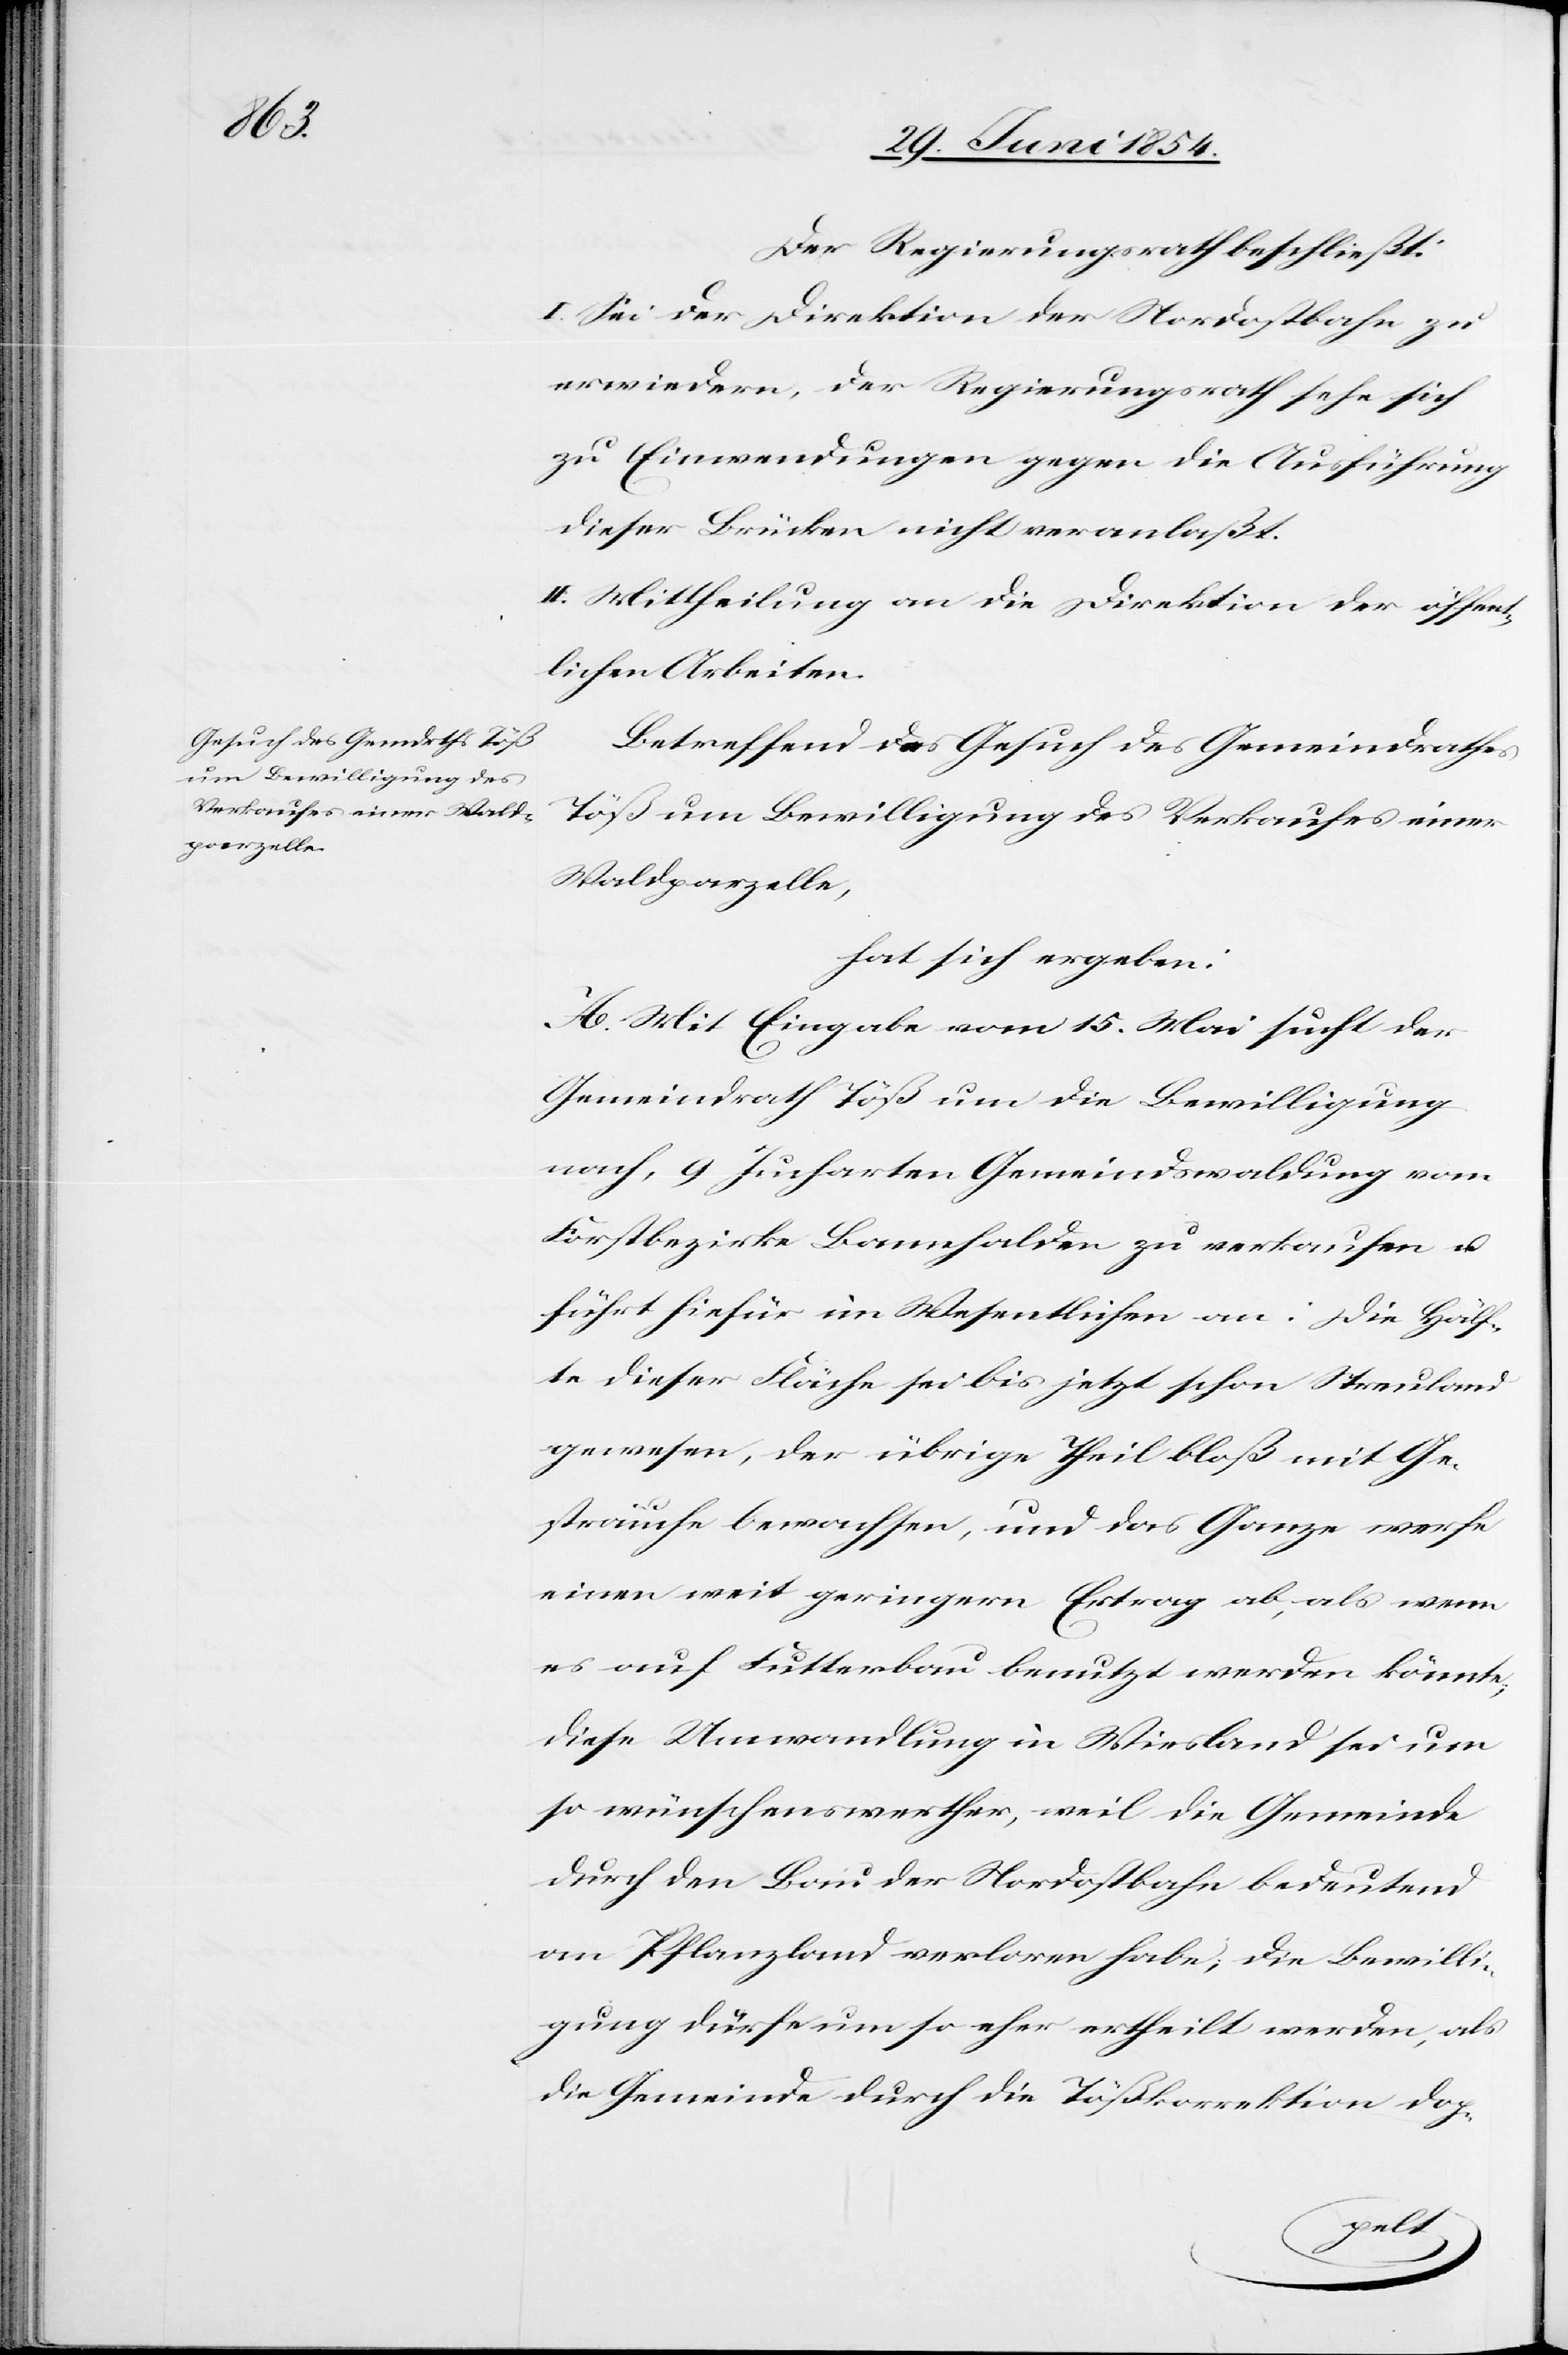
Der Regierungsrath beschließt:
I. Sei der Direktion der Nordostbahn zu
erwiedern, der Regierungsrath sehe sich
zu Einwendungen gegen die Ausführung
dieser Brücken nicht veranlaßt.
II. Mittheilung an die Direktion der öffent¬
lichen Arbeiten.
Betreffend das Gesuch des Gemeindrathes
Töß um Bewilligung des Verkaufes einer
Waldparzelle,
hat sich ergeben:
A. Mit Eingabe vom 15. Mai sucht der
Gemeindrath Töß um die Bewilligung
nach, 9 Jucharten Gemeindswaldung vom
Forstbezirk Bannhalden zu verkaufen u.
führt hiefür im Wesentlichen an: Die Hälf¬
te dieser Fläche sei bis jetzt schon Streuland
gewesen, der übrige Theil bloß mit Ge¬
sträuche bewachsen, und das Ganze werfe
einen weit geringern Ertrag ab, als wenn
es auf Futterbau benutzt werden könnte;
diese Umwandlung in Wiesland sei um
so wünschenswerther, weil die Gemeinde
durch den Bau der Nordostbahn bedeutend
an Pflanzland verloren habe; die Bewilli¬
gung dürfe um so eher ertheilt werden, als
die Gemeinde durch die Tößkorrektion dop-